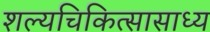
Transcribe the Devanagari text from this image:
शल्यचिकित्सासाध्य